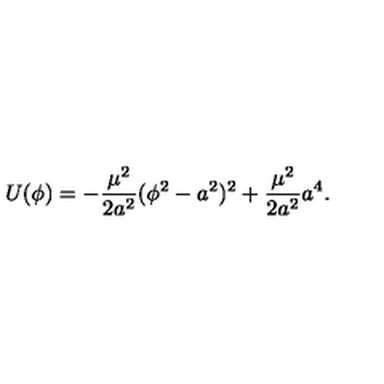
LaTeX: U ( \phi ) = - \frac { \mu ^ { 2 } } { 2 a ^ { 2 } } ( \phi ^ { 2 } - a ^ { 2 } ) ^ { 2 } + \frac { \mu ^ { 2 } } { 2 a ^ { 2 } } a ^ { 4 } .